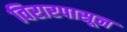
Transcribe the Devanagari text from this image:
विरारपासून